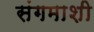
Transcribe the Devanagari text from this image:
संगमाशी